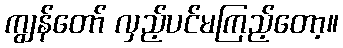
ကျွန်တော် လှည့်ပင်မကြည့်တော့။